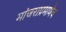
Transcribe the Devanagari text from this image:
मांजराप्रमाणेच